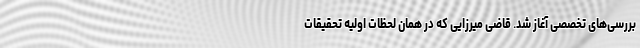
بررسی‌های تخصصی آغاز شد. قاضی میرزایی که در همان لحظات اولیه تحقیقات